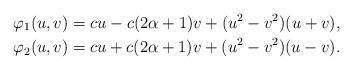
LaTeX: \begin{align*}\varphi_1(u,v)=cu-c(2\alpha+1)v+(u^2-v^2)(u+v), \\ \varphi_2(u,v)=cu+c(2\alpha+1)v+(u^2-v^2)(u-v).\end{align*}